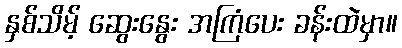
နှစ်သိမ့် ဆွေးနွေး အကြံပေး ခန်းထဲမှာ။